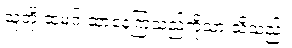
သူတို့ ထမင်းဆာနေကြသည်ကိုသာ သိသည်။